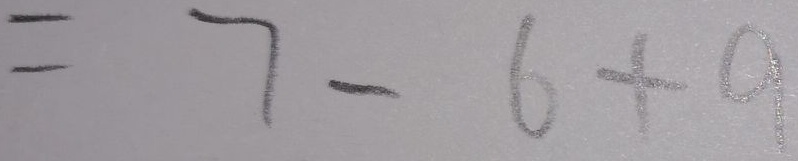
= 7 - 6 + 9